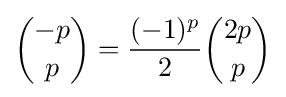
{-p \choose p}={\frac {(-1)^{p}}{2}}{2p \choose p}